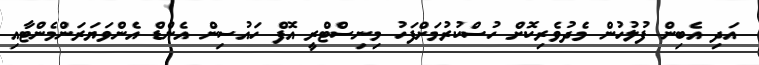
އަދި އެބިން ފުލުހުން މެދުވެރިކޮށް ހުސްކުރުމަށްފަހު މިނިސްޓްރީ އޮފް ހައުސިން އެންޑް އެންވަޔަރަންމެންޓާއި